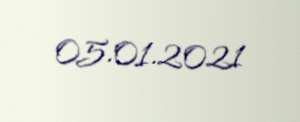
05.01.2021